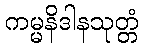
ကမ္မနိဒါနသုတ္တံ